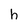
Character: h